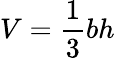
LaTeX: V={\frac{1}{3}}bh